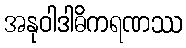
အနုဝါဒါဓိကရဏဿ